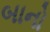
બાનો